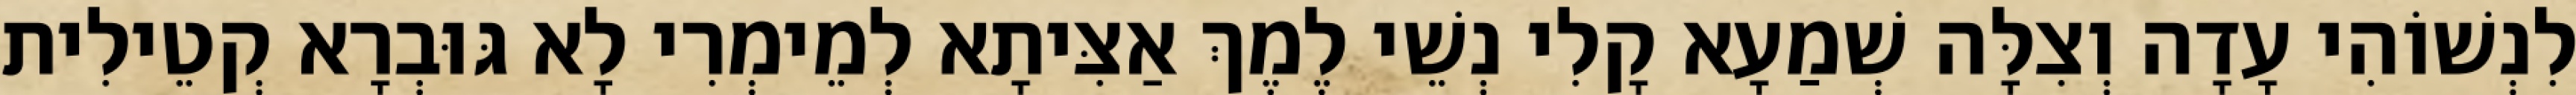
לִנְשׁוֹהִי עָדָה וְצִלָּה שְׁמַעָא קָלִי נְשֵׁי לֶמֶךְ אַצִּיתָא לְמֵימְרִי לָא גּוּבְרָא קְטֵילִית